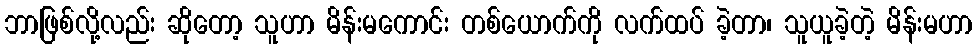
ဘာဖြစ်လို့လည်း ဆိုတော့ သူဟာ မိန်းမကောင်း တစ်ယောက်ကို လက်ထပ် ခဲ့တာ၊ သူယူခဲ့တဲ့ မိန်းမဟာ